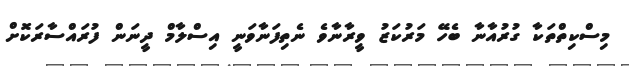
މިސްކިތްތަކާ ގުރުއާނާ ބެހޭ މަރުކަޒު ވީރާނާވެ ނެތިފަނާވަނީ އިސްލާމް ދީނަން ފުރައްސާރަކޮށް